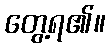
တွေ့ရ၏။